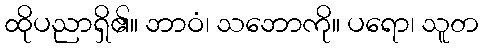
ထိုပညာရှိ၏။ ဘာဝံ၊ သဘောကို။ ပရော၊ သူတ